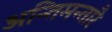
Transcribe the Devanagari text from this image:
अन्तिमन्तारै